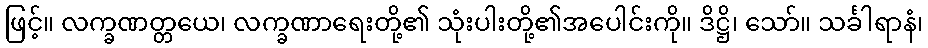
ဖြင့်။ လက္ခဏတ္တယေ၊ လက္ခဏာရေးတို့၏ သုံးပါးတို့၏အပေါင်းကို။ ဒိဋ္ဌိ၊ သော်။ သင်္ခါရာနံ၊